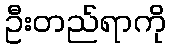
ဦးတည်ရာကို